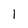
Character: 1